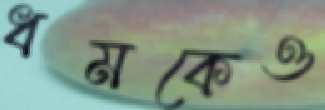
ধমকেও